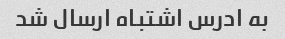
به ادرس اشتباه ارسال شد